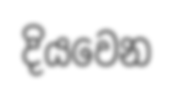
දියවෙන